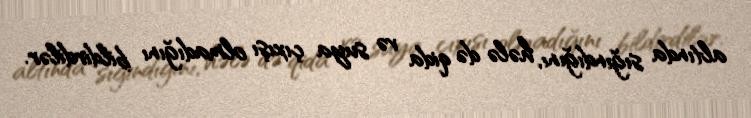
altında sığındığını, hələ də qida və suya çıxışı olmadığını bildirdilər.